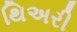
થિઅરી